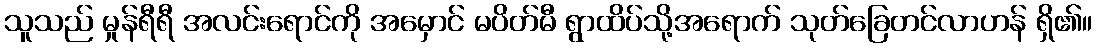
သူသည် မှုန်ရီရီ အလင်းရောင်ကို အမှောင် မပိတ်မီ ရွာထိပ်သို့အရောက် သုတ်ခြေတင်လာဟန် ရှိ၏။